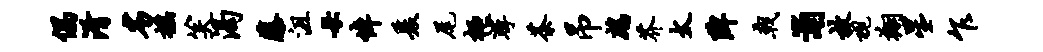
偶淆劣摇笑渴藤沮母悼爰尾栖挲茶吊鹧芥太陴戟浦放视翔星乍